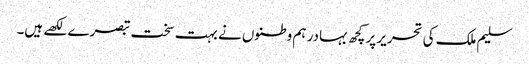
سلیم ملک کی تحریر پر کچھ بہادر ہم وطنوں نے بہت سخت تبصرے لکھے ہیں۔